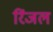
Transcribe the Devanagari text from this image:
रिंजल